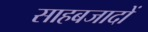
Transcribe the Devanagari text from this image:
साहबजादों